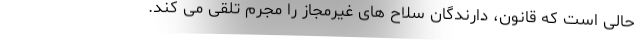
حالی است که قانون، دارندگان سلاح های غیرمجاز را مجرم تلقی می کند.